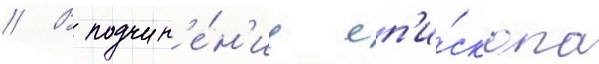
// В подчин'е́н'ие еп'и́скопа